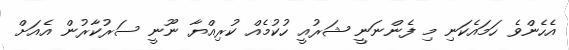
އެހެންވެ ހަމައެކަނި މި ފެންނަނީ ޝަރުއީ ހުކުމެއް ކުރިއްޔާ ނޫނީ ސަރުކާރުން އެއަށް